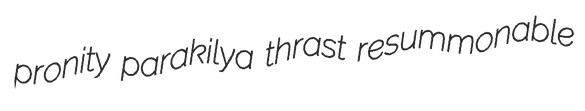
pronity parakilya thrast resummonable